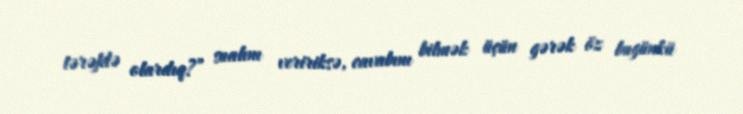
tərəfdə olardıq?” sualını veririksə, cavabını bilmək üçün gərək öz bugünkü